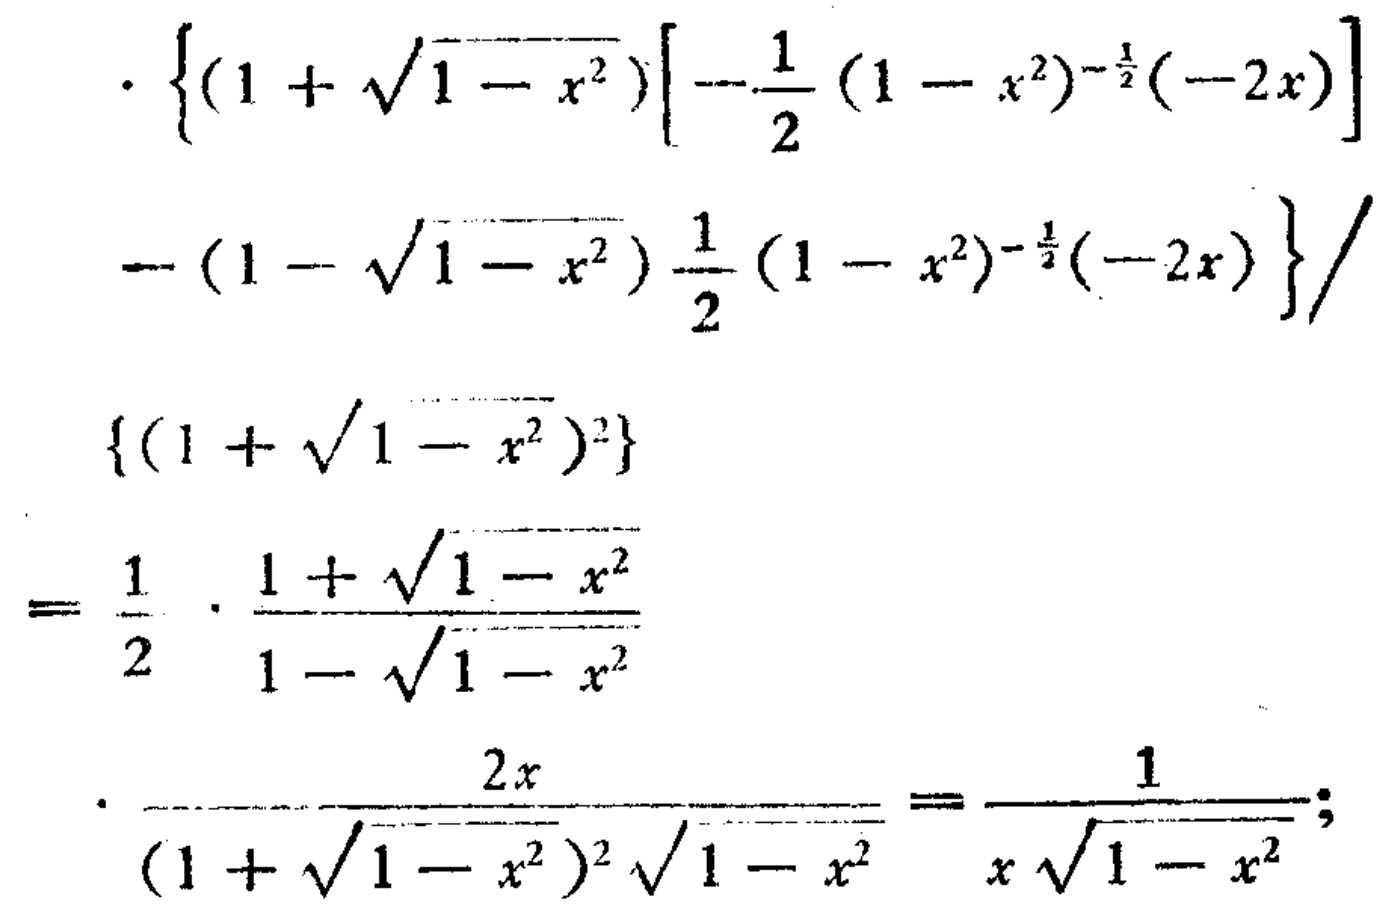
\begin{align*}
&\cdot\left\{(1 + \sqrt{1 - x^{2}})\left[-\frac{1}{2}(1 - x^{2})^{-\frac{1}{2}}(-2x)\right]\right.\\
&\left.-(1 - \sqrt{1 - x^{2}})\frac{1}{2}(1 - x^{2})^{-\frac{1}{2}}(-2x)\right\}/\\
&\left\{(1 + \sqrt{1 - x^{2}})^{2}\right\}\\
=&\frac{1}{2}\cdot\frac{1 + \sqrt{1 - x^{2}}}{1 - \sqrt{1 - x^{2}}}\\
&\cdot\frac{2x}{(1 + \sqrt{1 - x^{2}})^{2}\sqrt{1 - x^{2}}}=\frac{1}{x\sqrt{1 - x^{2}}};
\end{align*}